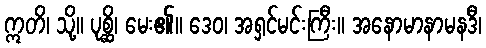
ဣတိ၊ သို့။ ပုစ္ဆိ၊ မေး၏။ ဒေဝ၊ အရှင်မင်းကြီး။ အနောမာနာမနဒီ၊